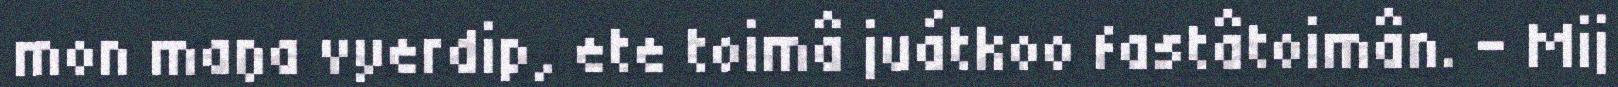
mon maŋa vyerdip, ete toimâ juátkoo fastâtoimân. – Mij